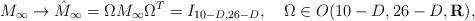
LaTeX: \begin{align*}M_{\infty}\to \hat{M}_{\infty}=\Omega M_{\infty}\Omega^T =I_{10-D,26-D}, \ \ \ \Omega\in O(10-D,26-D,{\bf R}), \end{align*}